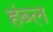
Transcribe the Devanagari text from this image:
हंब्ल